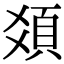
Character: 𩑛